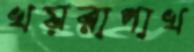
খয়রাপাখ